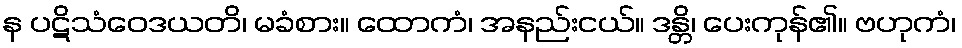
န ပဋိသံဝေဒယတိ၊ မခံစား။ ထောကံ၊ အနည်းငယ်။ ဒန္တိ၊ ပေးကုန်၏။ ဗဟုကံ၊